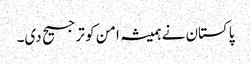
پاکستان نے ہمیشہ امن کو ترجیح دی۔